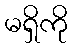
မရှိကို